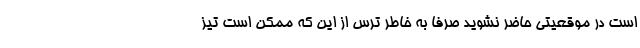
است در موقعیتی حاضر نشوید صرفاً به خاطر ترس از این که ممکن است تیز